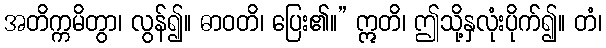
အတိက္ကမိတွာ၊ လွန်၍။ ဓာဝတိ၊ ပြေး၏။” ဣတိ၊ ဤသို့နှလုံးပိုက်၍။ တံ၊